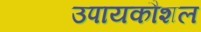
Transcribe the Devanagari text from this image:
उपायकौशल